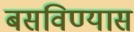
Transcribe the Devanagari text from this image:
बसविण्यास